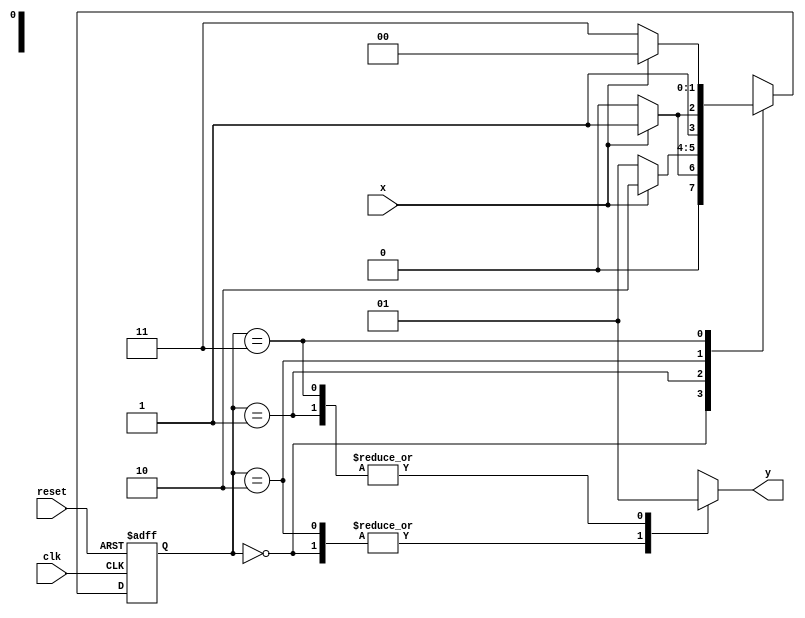
module fsm (
    input clk,
    input reset,
    input x,
    output reg y
);

// States
parameter INIT = 2'b00;
parameter STATE1 = 2'b01;
parameter STATE2 = 2'b10;
parameter STATE3 = 2'b11;

// Define state register
reg [1:0] state, next_state;

// Define state transition logic
always @ (posedge clk or posedge reset) begin
    if (reset) begin
        state <= INIT;
    end else begin
        state <= next_state;
    end
end

// State transition logic
always @ (*) begin
    case(state)
        INIT: begin
            if (x) begin
                next_state = STATE1;
            end else begin
                next_state = INIT;
            end
        end
        STATE1: begin
            if (x) begin
                next_state = STATE2;
            end else begin
                next_state = STATE1;
            end
        end
        STATE2: begin
            if (x) begin
                next_state = STATE3;
            end else begin
                next_state = STATE2;
            end
        end
        STATE3: begin
            if (x) begin
                next_state = INIT;
            end else begin
                next_state = STATE3;
            end
        end
    endcase
end

// Output logic
always @ (*) begin
    case(state)
        INIT: y = 1'b0;
        STATE1: y = 1'b1;
        STATE2: y = 1'b0;
        STATE3: y = 1'b1;
    endcase
end

endmodule